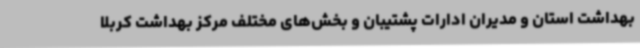
بهداشت استان و مدیران ادارات پشتیبان و بخش‌های مختلف مرکز بهداشت کربلا